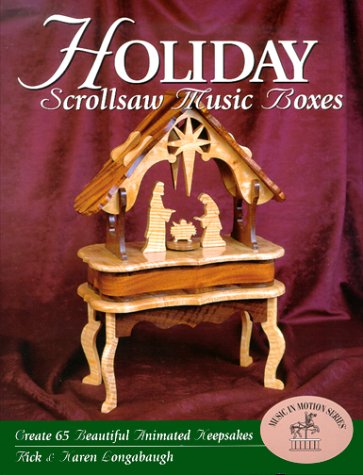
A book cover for Holiday Scroll saw Music Boxes; Rick Longabaugh; Crafts, Hobbies & Home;